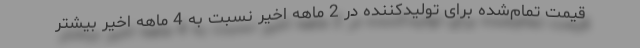
قیمت تمام‌شده برای تولیدکننده در 2 ماهه اخیر نسبت به 4 ماهه اخیر بیشتر